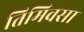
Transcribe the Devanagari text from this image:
तिमिवसा